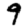
Digit: 9